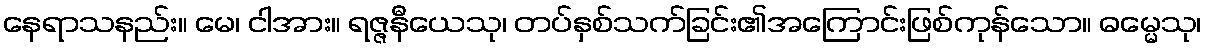
နေရာသနည်း။ မေ၊ ငါအား။ ရဇ္ဇနီယေသု၊ တပ်နှစ်သက်ခြင်း၏အကြောင်းဖြစ်ကုန်သော။ ဓမ္မေသု၊